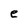
Character: e